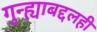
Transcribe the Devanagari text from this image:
गुन्ह्याबद्दलही